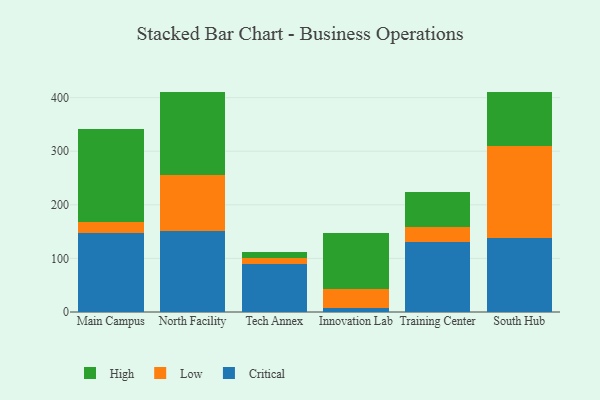
{"axis": {"x": "Campus", "y": "Bounce Rate (%)"}, "legend": ["Critical", "High", "Low"], "data": [{"x": "Main Campus", "y": 147.1, "type": "Critical"}, {"x": "Main Campus", "y": 21.7, "type": "Low"}, {"x": "Main Campus", "y": 172.2, "type": "High"}, {"x": "North Facility", "y": 151.2, "type": "Critical"}, {"x": "North Facility", "y": 103.9, "type": "Low"}, {"x": "North Facility", "y": 156.1, "type": "High"}, {"x": "Tech Annex", "y": 89.1, "type": "Critical"}, {"x": "Tech Annex", "y": 11.9, "type": "Low"}, {"x": "Tech Annex", "y": 10.6, "type": "High"}, {"x": "Innovation Lab", "y": 7.9, "type": "Critical"}, {"x": "Innovation Lab", "y": 34.2, "type": "Low"}, {"x": "Innovation Lab", "y": 104.9, "type": "High"}, {"x": "Training Center", "y": 131.0, "type": "Critical"}, {"x": "Training Center", "y": 28.1, "type": "Low"}, {"x": "Training Center", "y": 64.8, "type": "High"}, {"x": "South Hub", "y": 137.3, "type": "Critical"}, {"x": "South Hub", "y": 172.7, "type": "Low"}, {"x": "South Hub", "y": 100.0, "type": "High"}]}